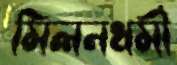
মিলনধর্মী